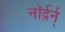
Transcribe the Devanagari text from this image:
नॉर्द़र्न्